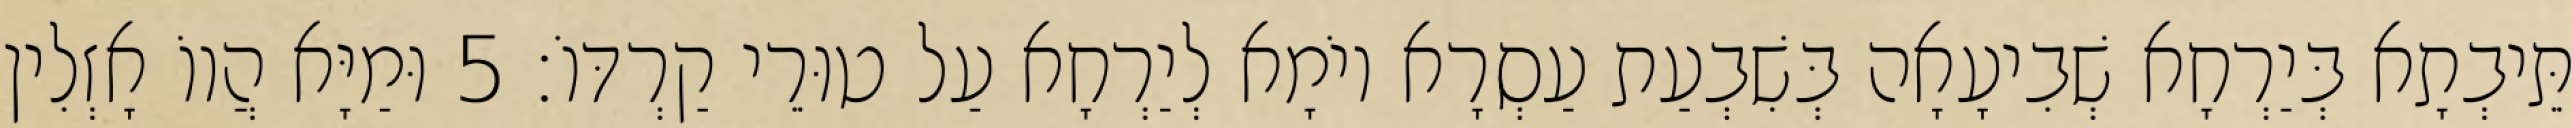
תֵּיבְתָא בְּיַרְחָא שְׁבִיעָאָה בְּשִׁבְעַת עַסְרָא יוֹמָא לְיַרְחָא עַל טוּרֵי קַרְדּוֹ׃ 5 וּמַיָּא הֲווֹ אָזְלִין